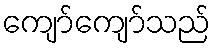
ကျော်ကျော်သည်